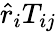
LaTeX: \hat{r}_{i}T_{ij}